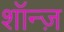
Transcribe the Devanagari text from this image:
शॉन्ज़